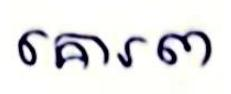
គោរព